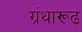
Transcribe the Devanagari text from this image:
ग्रंथारूढ